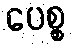
ပေစ္စ